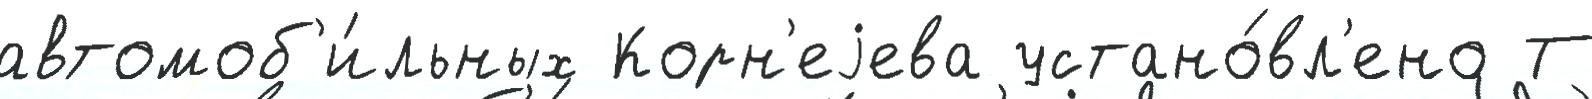
автомоб'и́льных Корн'еjева устано́вл'ено Т